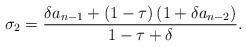
LaTeX: \begin{align*}\sigma_2 = \frac{\delta a_{n-1} + \left( 1 - \tau \right) \left( 1 + \delta a_{n-2} \right)}{1-\tau+\delta}.\end{align*}